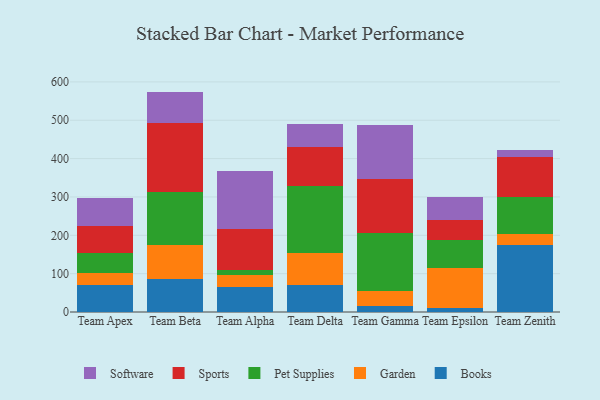
{"axis": {"x": "Team", "y": "Waste Production (Tons)"}, "legend": ["Books", "Garden", "Pet Supplies", "Software", "Sports"], "data": [{"x": "Team Apex", "y": 71.7, "type": "Books"}, {"x": "Team Apex", "y": 29.1, "type": "Garden"}, {"x": "Team Apex", "y": 52.4, "type": "Pet Supplies"}, {"x": "Team Apex", "y": 72.1, "type": "Sports"}, {"x": "Team Apex", "y": 72.5, "type": "Software"}, {"x": "Team Beta", "y": 87.2, "type": "Books"}, {"x": "Team Beta", "y": 86.6, "type": "Garden"}, {"x": "Team Beta", "y": 139.7, "type": "Pet Supplies"}, {"x": "Team Beta", "y": 179.9, "type": "Sports"}, {"x": "Team Beta", "y": 81.3, "type": "Software"}, {"x": "Team Alpha", "y": 64.5, "type": "Books"}, {"x": "Team Alpha", "y": 31.9, "type": "Garden"}, {"x": "Team Alpha", "y": 13.4, "type": "Pet Supplies"}, {"x": "Team Alpha", "y": 107.1, "type": "Sports"}, {"x": "Team Alpha", "y": 149.6, "type": "Software"}, {"x": "Team Delta", "y": 69.5, "type": "Books"}, {"x": "Team Delta", "y": 83.5, "type": "Garden"}, {"x": "Team Delta", "y": 176.2, "type": "Pet Supplies"}, {"x": "Team Delta", "y": 101.7, "type": "Sports"}, {"x": "Team Delta", "y": 60.1, "type": "Software"}, {"x": "Team Gamma", "y": 16.8, "type": "Books"}, {"x": "Team Gamma", "y": 36.7, "type": "Garden"}, {"x": "Team Gamma", "y": 152.5, "type": "Pet Supplies"}, {"x": "Team Gamma", "y": 141.6, "type": "Sports"}, {"x": "Team Gamma", "y": 138.8, "type": "Software"}, {"x": "Team Epsilon", "y": 11.0, "type": "Books"}, {"x": "Team Epsilon", "y": 102.7, "type": "Garden"}, {"x": "Team Epsilon", "y": 74.3, "type": "Pet Supplies"}, {"x": "Team Epsilon", "y": 52.7, "type": "Sports"}, {"x": "Team Epsilon", "y": 59.6, "type": "Software"}, {"x": "Team Zenith", "y": 175.8, "type": "Books"}, {"x": "Team Zenith", "y": 26.8, "type": "Garden"}, {"x": "Team Zenith", "y": 98.3, "type": "Pet Supplies"}, {"x": "Team Zenith", "y": 103.4, "type": "Sports"}, {"x": "Team Zenith", "y": 16.9, "type": "Software"}]}